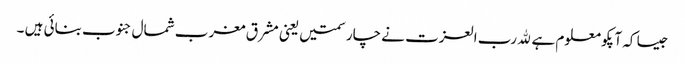
جیسا کہ آپکو معلوم ہے ﷲ رب العزت نے چار سمتیں یعنی مشرق مغرب شمال جنوب بنائی ہیں ۔